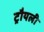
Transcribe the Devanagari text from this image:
ट्रौयली